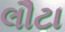
લૌટા